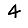
Digit: 4